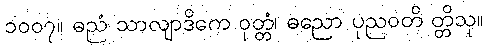
၁၀၀၇။ ဓညံ သာလျာဒိကေ ဝုတ္တံ၊ ဓညော ပုညဝတိ တ္တိသု။